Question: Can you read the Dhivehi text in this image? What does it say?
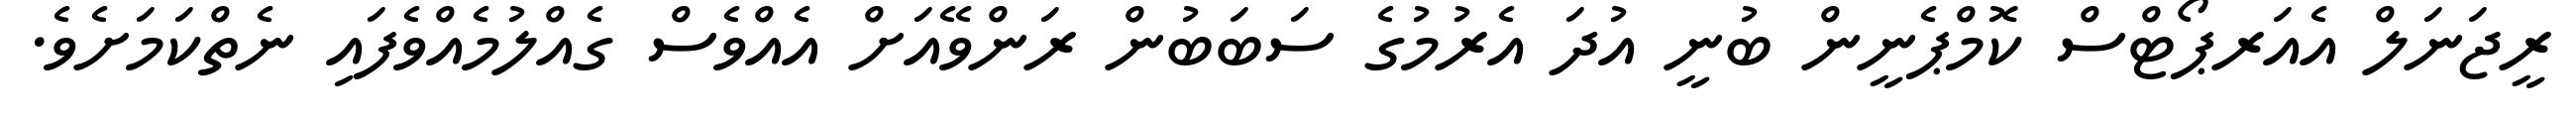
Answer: ރީޖަނަލް އެއަރޕޯޓްސް ކޮމްޕެނީން ބުނީ އުދަ އެރުމުގެ ސަބަބުން ރަންވޭއަށް އެއްވެސް ގެއްލުމެއްވެފައި ނެތްކަމަށެވެ.